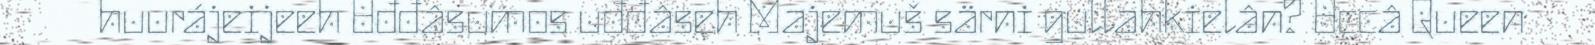
huurájeijeeh Uđđâsumos uđđâseh Majemuš särni gullahkielân? Uccâ Queen